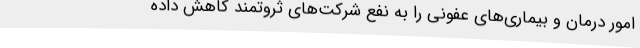
امور درمان و بیماری‌های عفونی را به نفع شرکت‌های ثروتمند کاهش داده